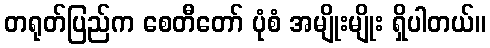
တရုတ်ပြည်က စေတီတော် ပုံစံ အမျိုးမျိုး ရှိပါတယ်။